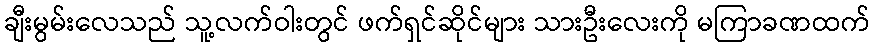
ချီးမွမ်းလေသည် သူ့လက်ဝါးတွင် ဖက်ရှင်ဆိုင်များ သားဦးလေးကို မကြာခဏထက်